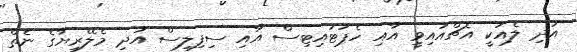
އަދި ލެއަކީ އެޗްއައިވީ އާއި ހެޕަޓައިޓިސް އާއި ސިފިލިސް އަދި މެލޭރިޔާގެ ނެތް